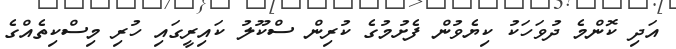
އަދި ކޮންމެ ދުވަހަކު ކިޔެވުން ފެށުމުގެ ކުރިން ސްކޫލު ކައިރީގައި ހުރި މިސްކިތެއްގެ